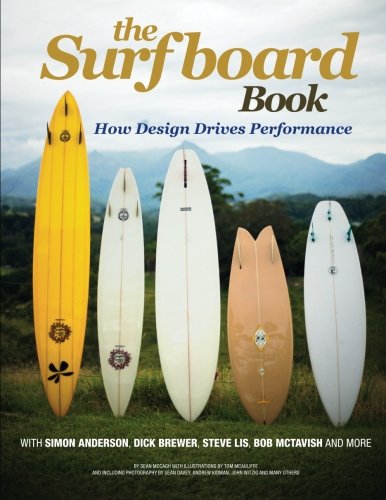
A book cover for The Surfboard Book: How Design Affects Performance; Sean McCagh; Sports & Outdoors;